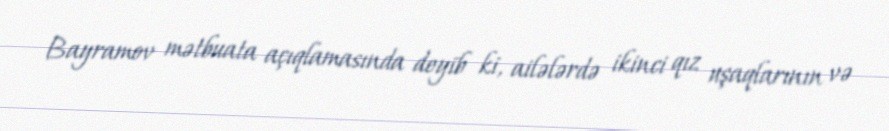
Bayramov mətbuata açıqlamasında deyib ki, ailələrdə ikinci qız uşaqlarının və